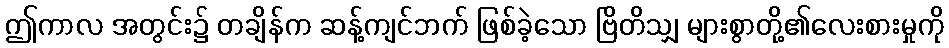
ဤကာလ အတွင်း၌ တချိန်က ဆန့်ကျင်ဘက် ဖြစ်ခဲ့သော ဗြိတိသျှ များစွာတို့၏လေးစားမှုကို